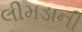
લીમડાની